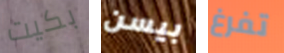
بكيت بيسن تفرغ